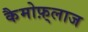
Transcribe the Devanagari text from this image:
कैमोफ़्लाज